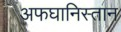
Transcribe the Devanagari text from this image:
अफघानिस्तान